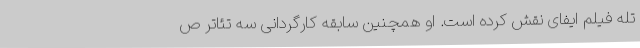
تله فیلم ایفای نقش کرده است. او همچنین سابقه کارگردانی سه تئاتر ص